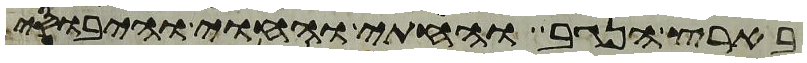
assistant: בארץ הנגב והחתי והחוי והיבוסי